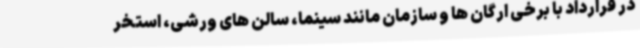
در قرارداد با برخی ارگان ها و سازمان مانند سینما، سالن های ورشی، استخر